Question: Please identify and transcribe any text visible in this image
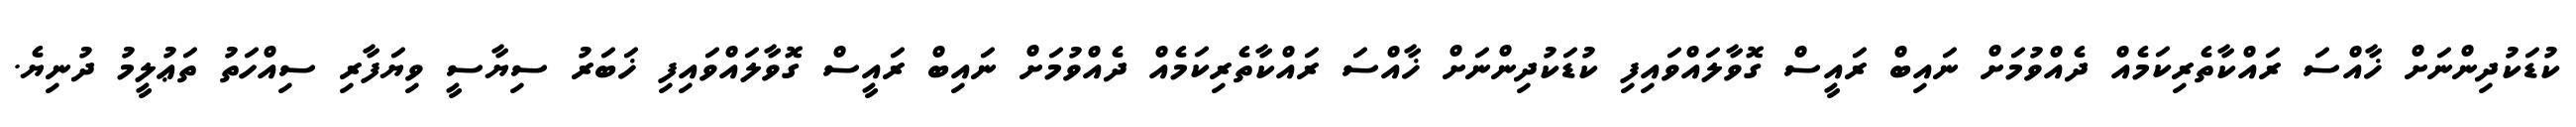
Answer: ކުޑަކުދިންނަށް ޚާއްސަ ރައްކާތެރިކަމެއް ދެއްވުމަށް ނައިބް ރައީސް ގޮވާލައްވައިފި ކުޑަކުދިންނަށް ޚާއްސަ ރައްކާތެރިކަމެއް ދެއްވުމަށް ނައިބް ރައީސް ގޮވާލައްވައިފި ޚަބަރު ސިޔާސީ ވިޔަފާރި ސިއްހަތު ތަޢުލީމު ދުނިޔެ.